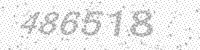
Solution: 486518